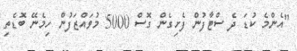
"އެންމެ ކުޑަ ދެ ސްޓާފުން ފެށިގެން ގޮސް 5000 މުވައްޒަފުން ހިމެނޭ ބޮޑެތި